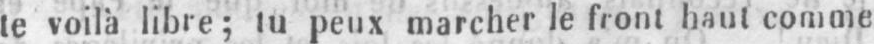
te voilà libre; tu peux marcher le front haut comme